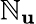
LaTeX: \mathbb{N}_{\mathbf{{u}}}